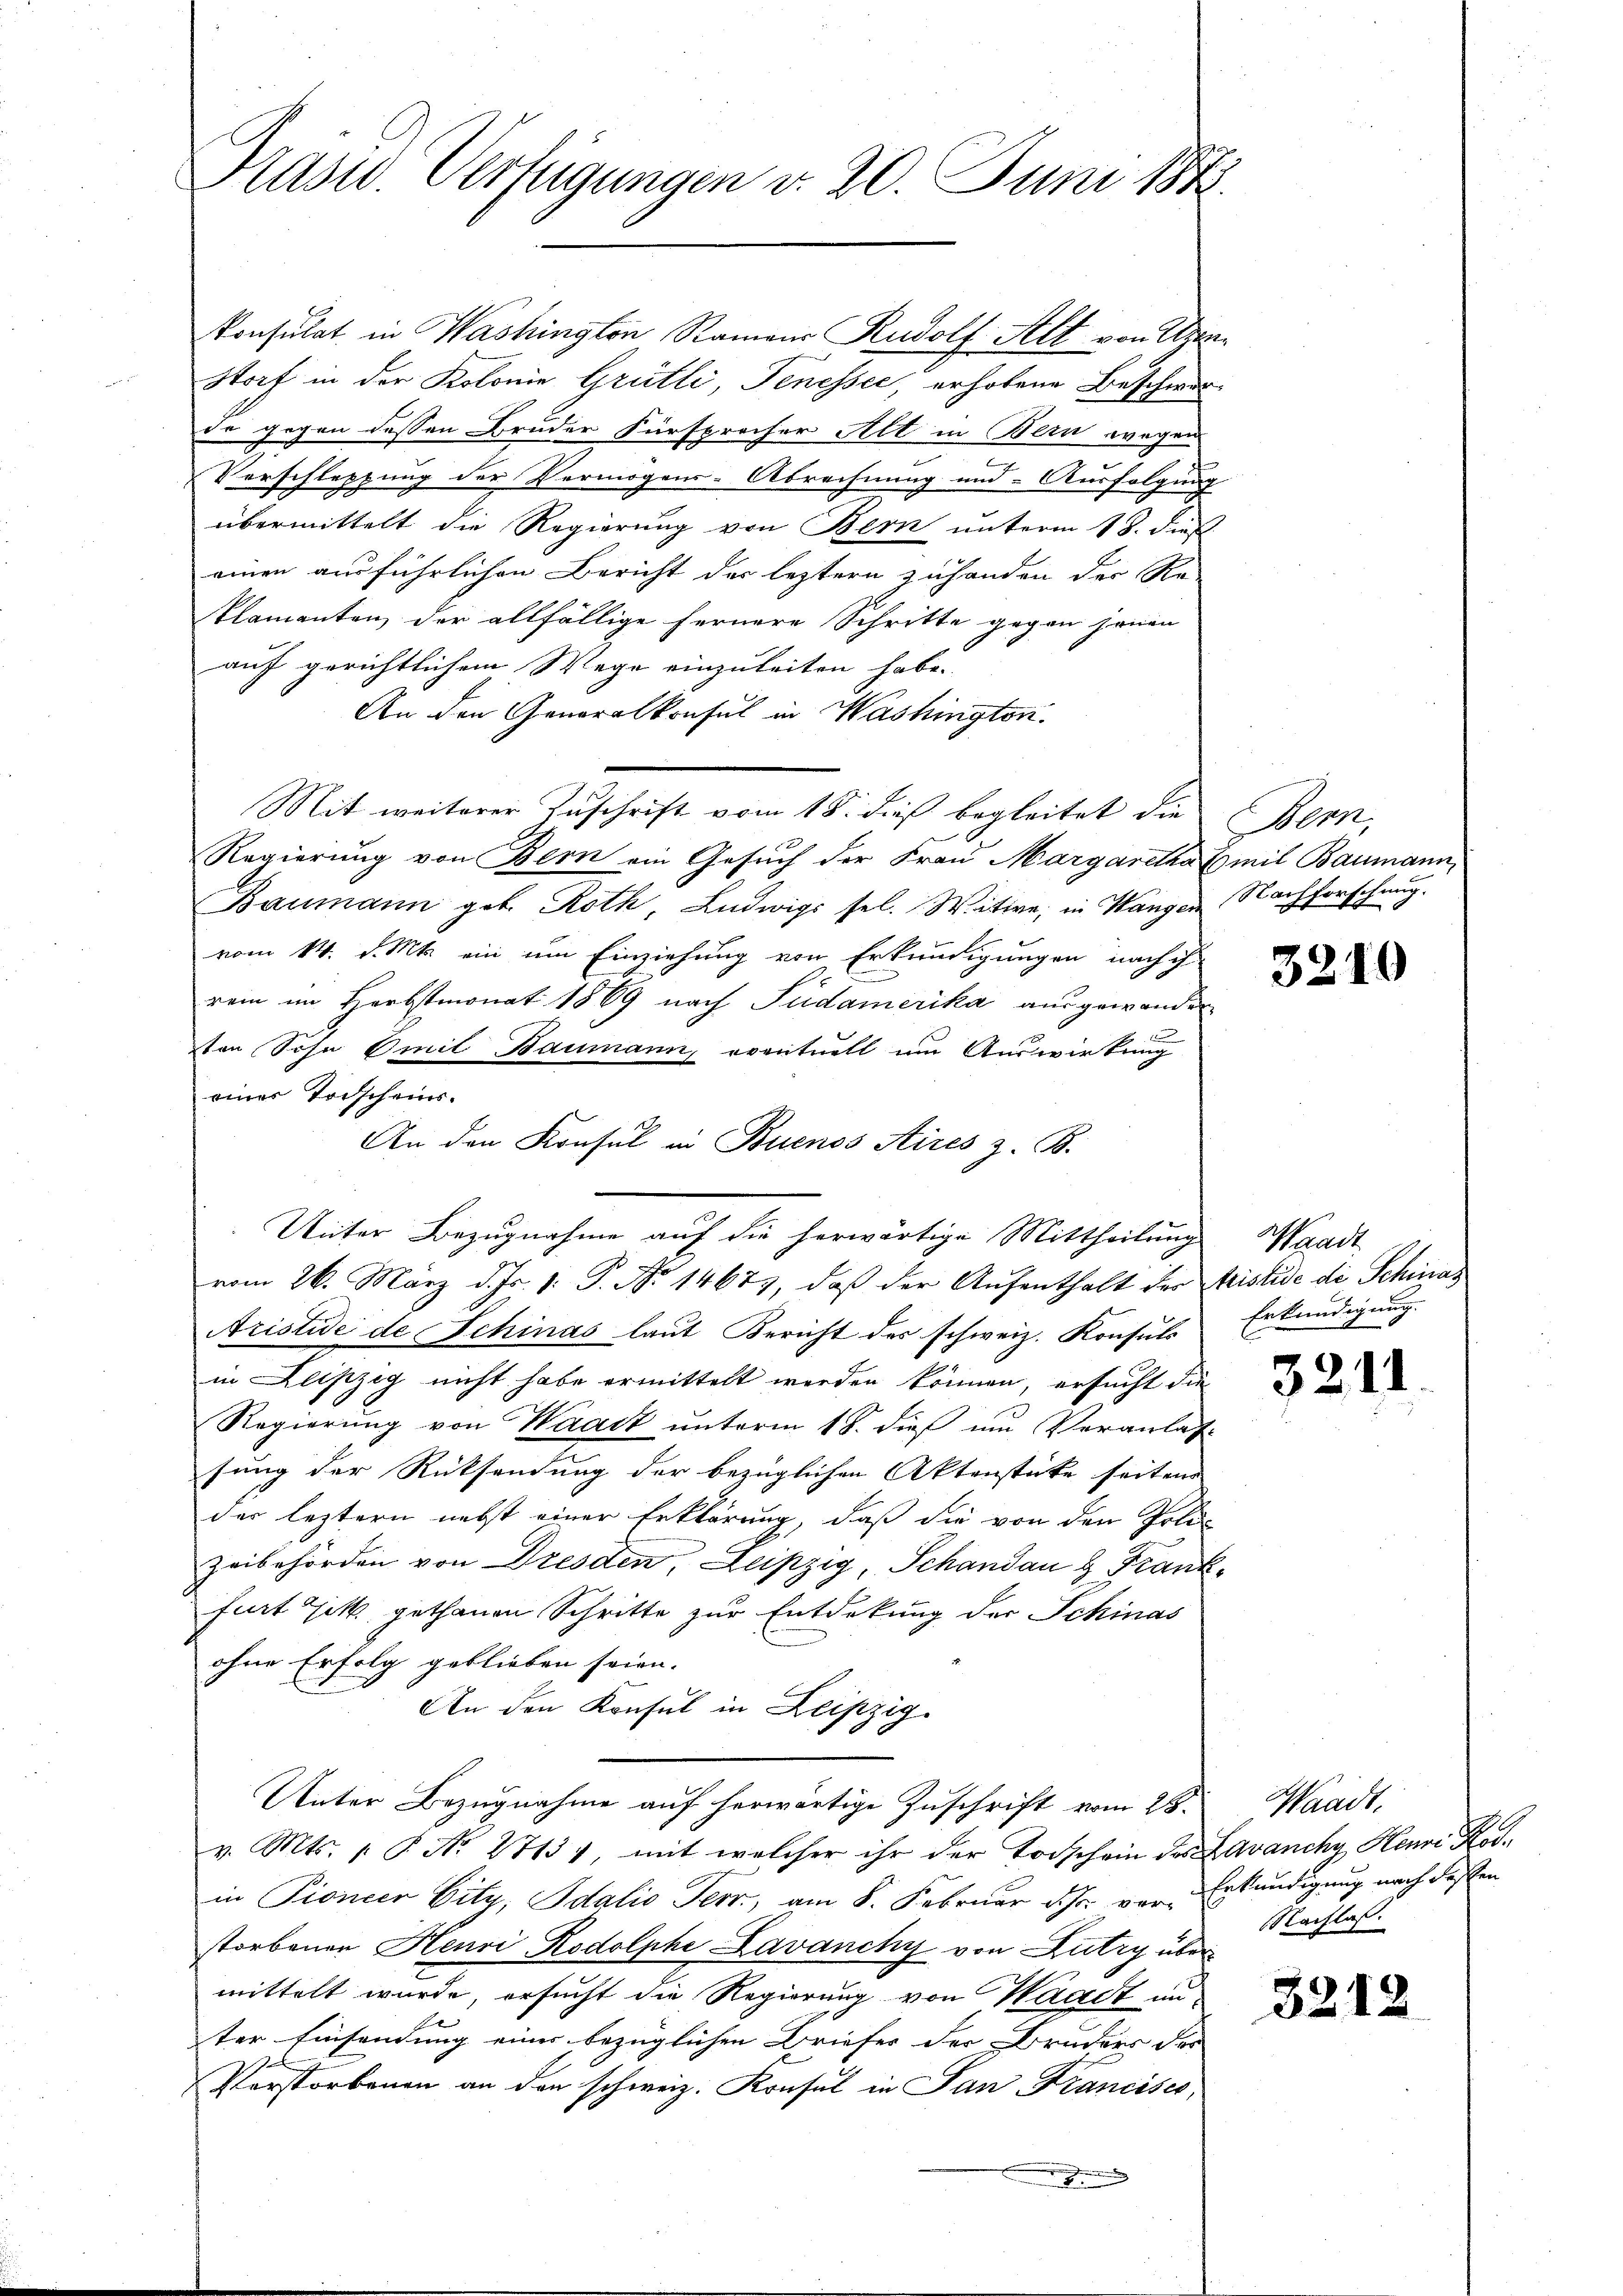
Prasw. Verfügungen v. 20. Juni 1848

Ponsulat in Washington Ramon Rudolf Alt von Urte
Storf in der Kolonie Grütli, Tenessec, erhobene Beschwurde gegen dessen Bruder Fürsprecher Alt in Bern wegen
Vorschleppung der Vermögens-Abrechnung und Ausfolgung
übermittelt die Regierung von Bern unterm 18. dieß
einen ausführlichen Bericht der leztern zuhanden der Re-
klamanten der allfällige fernere Schritte gegen jenen
auf gerichtlichem Wege einzuleiten habe.
An den Generalkonsul in Washington.
Mit weiterer Zuschrift vom 18. dieß begleitet die Bern,
Regierung von Bern ein Gesuch der Frau Margaretha Emil Baumann,
Baumann geb. Roth, Ludwigs sel. Watte, in Wangen Nachforschnung.
vom 14. d. Mts. ein um Einziehung von Erkundigungen nach ih
rein im Herbstmonat 1869 nach Südamerika ausgewanden
1
ven Sohn Omil Baumann, eventuell um Auswirkung
einer Todscheins.
An den Konsul in Buenos Aires z. B.
vom 26. März d. Js. v. P. No 1467), daß der Aufenthalt der Fristide die Schinas
Aristide de Schinas laut Bericht des schweiz. Konsuls
in Leipzig nicht habe ermittelt werden können, ersucht die
Regierung von Waadt unterm 18. dieß um Veranlas
sung der Rücksendung der bezüglichen Aktenstücke seiten
der leztern nebst einer Erklärung, daß die von den Poli¬
Zeibehörden von Dresden, Leipzig, Schandau & Frankfurt et gethanen Schritte zur Entdekung der Schinas
ohne Erfolg geblieben seien.
An den Konsul in Leipzig.
Unter Bezugnahme auf herwärtige Zuschrift vom 28. Waadt,
v. Mts. 1. P. No 27134, mit welcher ihr der Todschein des Lavanchy Henri Rodin Pioncer City, Idalio Terr, am 8. Februar d. Js. vor Erkundigung nach dessen
storbenen Henri Rodolphe Lavanchy von Lutry über
mittelt wurde, ersucht die Regierung von Waadt un
ter Einsendung einer bezüglichen Briefer der Bruders der
Verstorbenen an den schweiz. Konsul in San Francises,

Unter Bezugnahme auf die herwärtige Mittheilung Waadt

6

3219

Erkundigung.

3211

NNachlas

32

13